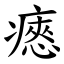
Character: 瘱